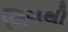
લિગથી